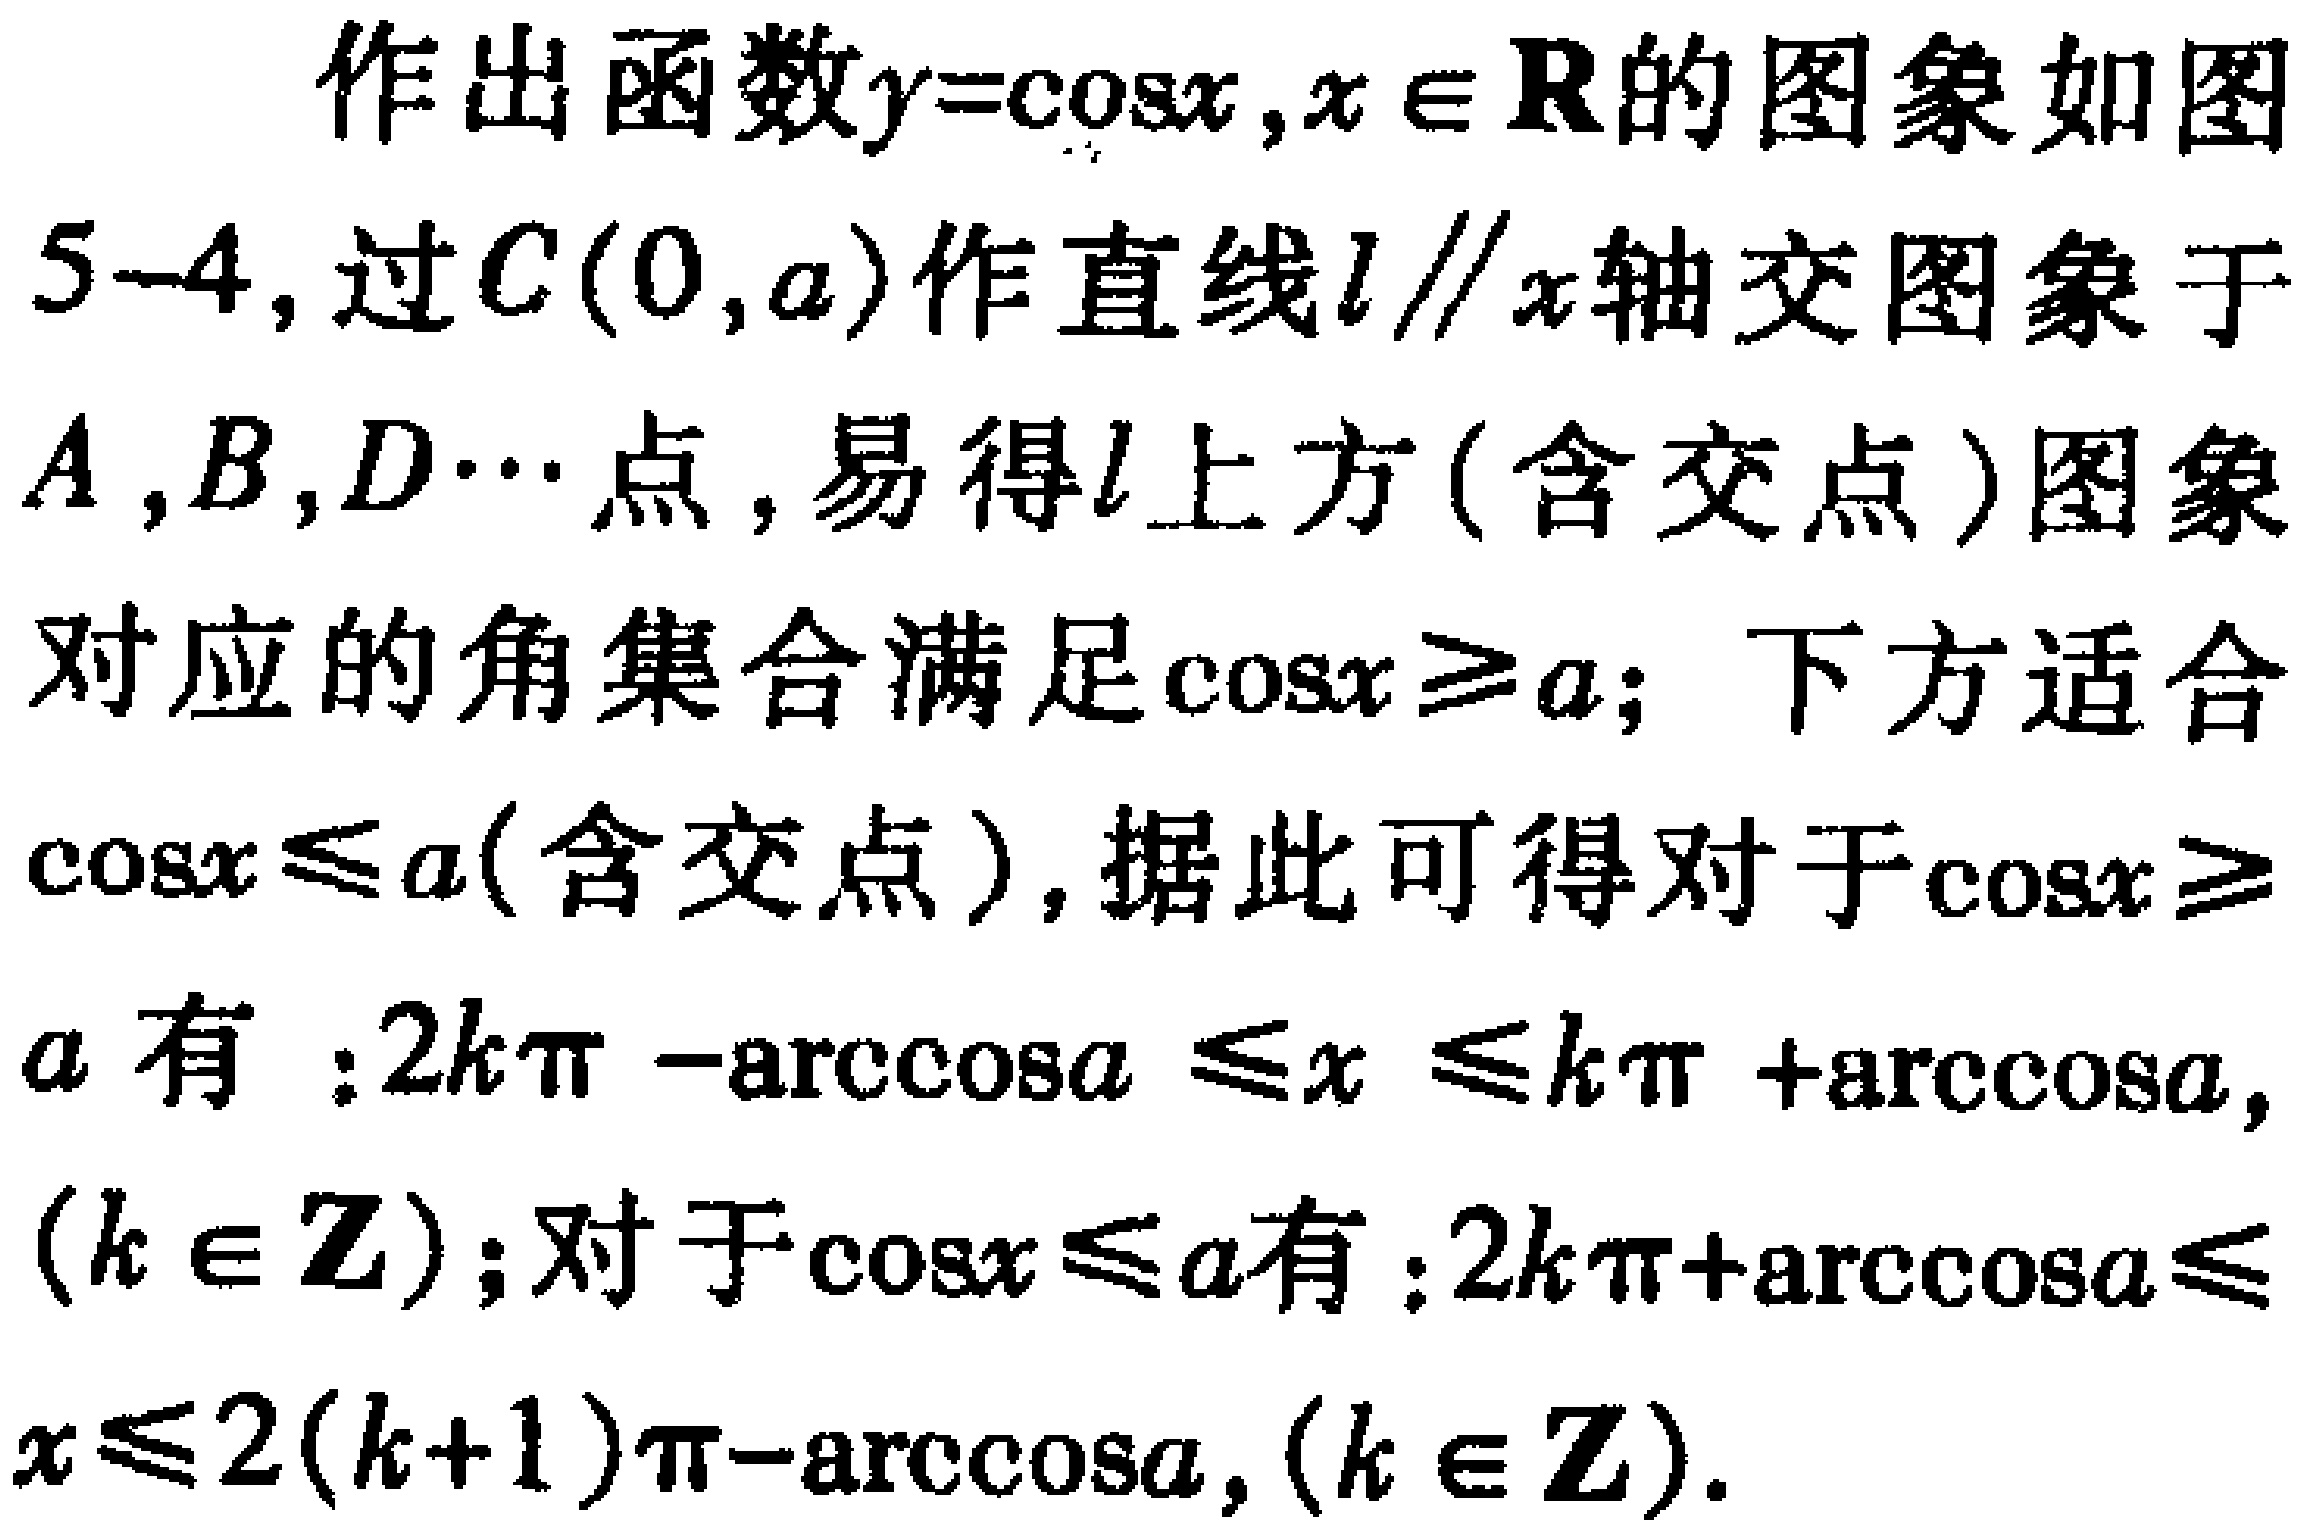
作出函数\(y = \cos x,x\in\mathbf{R}\)的图象如图5 - 4，过\(C(0,a)\)作直线\(l\parallel x\)轴交图象于\(A,B,D\cdots\)点，易得\(l\)上方（含交点）图象对应的角集合满足\(\cos x\geq a\)；下方适合\(\cos x\leq a\)（含交点），据此可得对于\(\cos x\geq a\)有：\(2k\pi-\arccos a\leq x\leq k\pi+\arccos a,(k\in\mathbf{Z})\)；对于\(\cos x\leq a\)有：\(2k\pi+\arccos a\leq x\leq 2(k + 1)\pi-\arccos a,(k\in\mathbf{Z})\)。